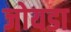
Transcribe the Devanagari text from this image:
जोयडा